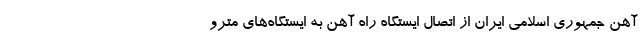
آهن جمهوری اسلامی ایران از اتصال ایستگاه راه آهن به ایستگاه‌های مترو